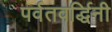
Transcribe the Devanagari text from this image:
पर्वतवर्द्धिनी